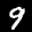
Label: 9